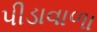
પીડાવાળા